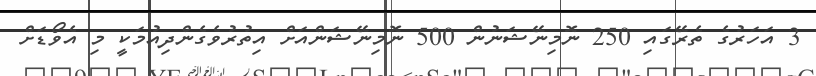
3 އަހަރުގެ ތެރޭގައި 250 ނޮމިނޭޝަނުން 500 ނޮމިނޭޝަންއަށް އިތުރުވެގެންދިއުމަކީ މި އެވޯޑަށް